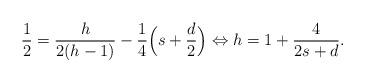
LaTeX: \begin{align*}\frac{1}{2}=\frac{h}{2(h-1)}-\frac{1}{4}\Big(s+\frac{d}{2} \Big) \Leftrightarrow h=1+\frac{4}{2s+d}.\end{align*}